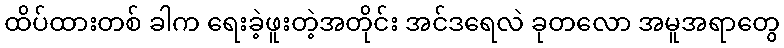
ထိပ်ထားတစ် ခါက ရေးခဲ့ဖူးတဲ့အတိုင်း အင်ဒရေလဲ ခုတလော အမူအရာတွေ